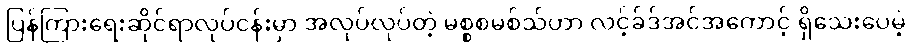
ပြန်ကြားရေးဆိုင်ရာလုပ်ငန်းမှာ အလုပ်လုပ်တဲ့ မစ္စစမစ်သ်ဟာ လင့်ခ်ဒ်အင်အကောင့် ရှိသေးပေမဲ့